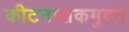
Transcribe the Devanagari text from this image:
कीटनाशकमुक्त